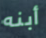
أبنه